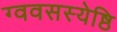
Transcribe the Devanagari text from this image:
ग्ववसस्येष्ठि